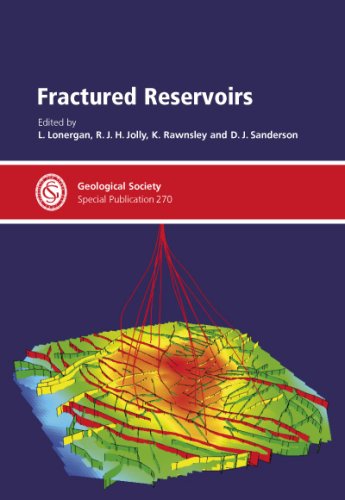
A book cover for Fractured Reservoirs - Special Publication no 270 (Special Publication) (Geological Society Special Publication); L. Lonergan; Science & Math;